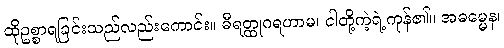
ထိုဥစ္စာရခြင်းသည်လည်းကောင်း။ ဓီရတ္ထုဂရဟာမ၊ ငါတို့ကဲ့ရဲ့ကုန်၏။ အဓမ္မေန၊